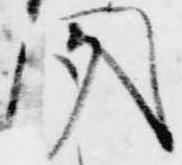
聞